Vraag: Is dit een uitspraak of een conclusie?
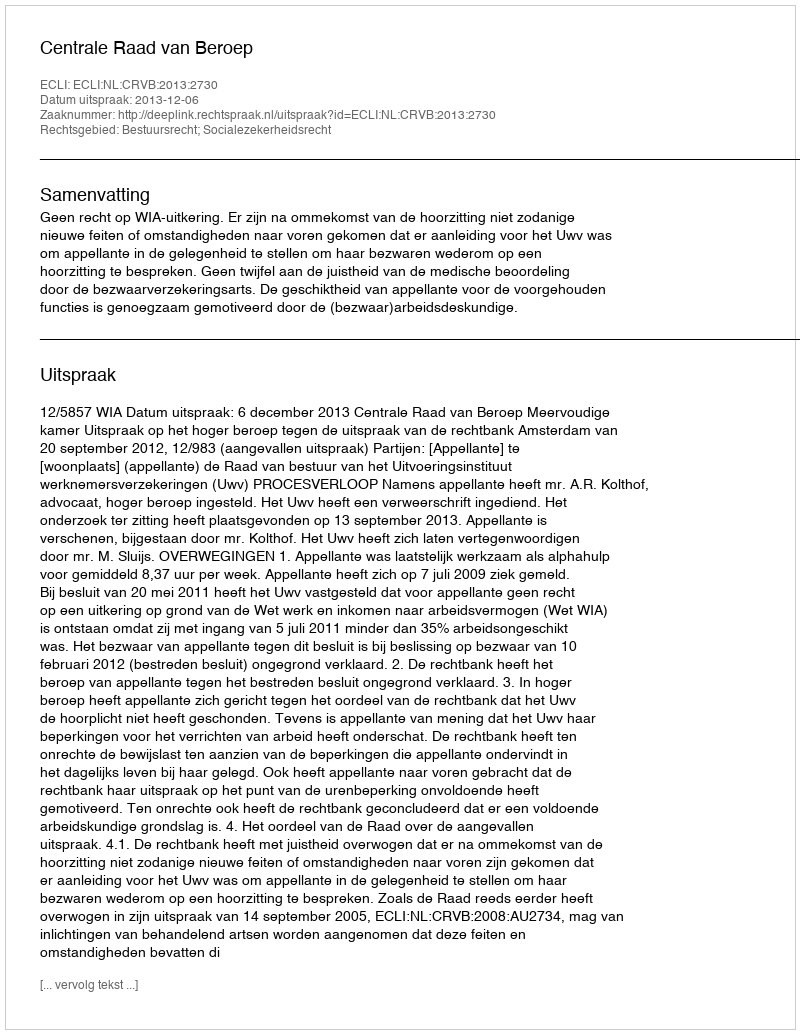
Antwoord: Uitspraak